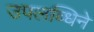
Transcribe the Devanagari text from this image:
उपलब्धिने